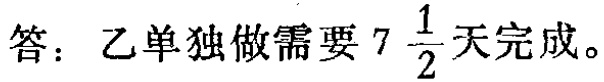
答：乙单独做需要\(7\frac{1}{2}\)天完成。